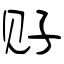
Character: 觃